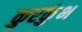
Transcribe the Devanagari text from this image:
कुरकुंभ